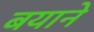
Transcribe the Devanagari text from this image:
बयाने